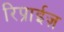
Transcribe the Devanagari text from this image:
रिप्राईज़